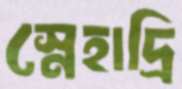
স্নেহাদ্রি